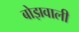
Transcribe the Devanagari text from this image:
बोझवाली